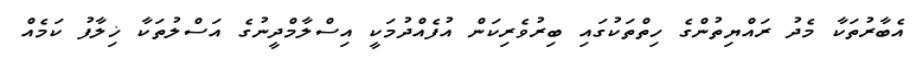
އެބާރުތަކާ މެދު ރައްޔިތުންގެ ހިތްތަކުގައި ބިރުވެރިކަން އުފެއްދުމަކީ އިސްލާމްދީނުގެ އަސްލުތަކާ ޚިލާފު ކަމެއް